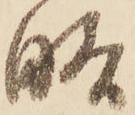
略